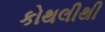
કોથલીથી